Annual report of the Imperial Bacteriological Laboratory, Muktesar
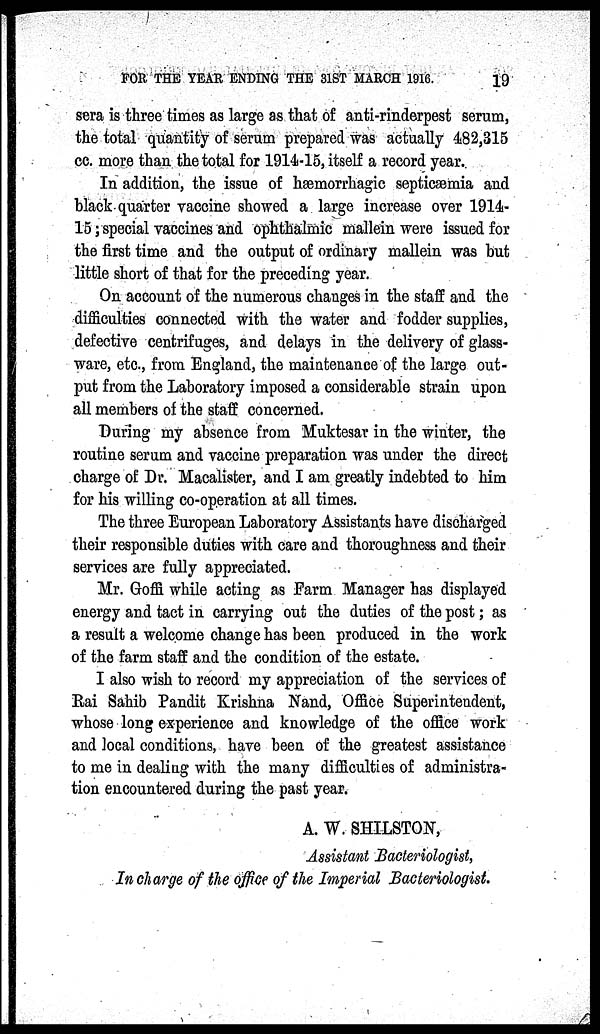
FOR THE YEAR ENDING THE 31ST MARCH 1916.
19
sera is three times as large as that of anti-rinderpest serum,
the total quantity of serum prepared was actually 482,315
cc. more than the total for 1914-15, itself a record year.
In addition, the issue of hæmorrhagic septicæmia and
black quarter vaccine showed a large increase over 1914-
15; special vaccines and ophthalmic mallein were issued for
the first time and the output of ordinary mallein was but
little short of that for the preceding year.
On account of the numerous changes in the staff and the
difficulties connected with the water and fodder supplies,
defective centrifuges, and delays in the delivery of glass-
ware, etc., from England, the maintenance of the large out-
put from the Laboratory imposed a considerable strain upon
all members of the staff concerned.
During my absence from Muktesar in the winter, the
routine serum and vaccine preparation was under the direct
charge of Dr. Macalister, and I am greatly indebted to him
for his willing co-operation at all times.
The three European Laboratory Assistants have discharged
their responsible duties with care and thoroughness and their
services are fully appreciated.
Mr. Goffi while acting as Farm Manager has displayed
energy and tact in carrying out the duties of the post; as
a result a welcome change has been produced in the work
of the farm staff and the condition of the estate.
I also wish to record my appreciation of the services of
Rai Sahib Pandit Krishna Nand, Office Superintendent,
whose long experience and knowledge of the office work
and local conditions, have been of the greatest assistance
to me in dealing with the many difficulties of administra-
tion encountered during the past year.
A. W. SHILSTON,
Assistant Bacteriologist,
In charge of the office of the Imperial Bacteriologist.